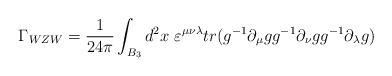
\begin{align*}\Gamma_{WZW} = {1\over{24\pi}}\int_{B_3} d^{2}x \ \varepsilon^{\mu\nu\lambda}{tr(g^{-1}\partial_{\mu}g g^{-1}\partial_{\nu}g g^{-1}\partial_{\lambda}g)}\end{align*}